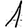
Digit: 1